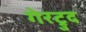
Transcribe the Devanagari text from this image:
गेरट्रुद